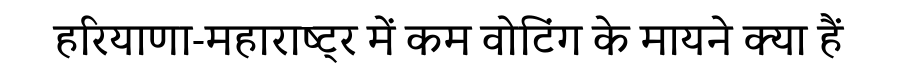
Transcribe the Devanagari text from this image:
हरियाणा-महाराष्ट्र में कम वोटिंग के मायने क्या हैं